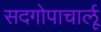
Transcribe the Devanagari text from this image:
सदगोपाचार्लू